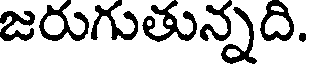
జరుగుతున్నది.